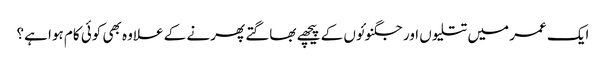
ایک عمر میں تتلیوں اور جگنوئوں کے پیچھے بھاگتے پھرنے کے علاوہ بھی کوئی کام ہوا ہے؟